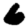
Digit: 6